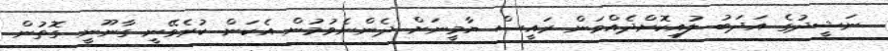
ނަޝީދުގެ އަދަބު ލުއިކޮށްދެއްވަން ރައީސް ޔާމީނަށް ދެންނެވުމުން އެކަން ކުރެވޭނީ ގާނޫނީ ގޮތުން